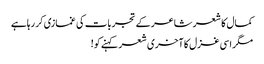
کمال کا شعر شاعر کے تجربات کی غمازی کر رہاہے
مگر اسی غزل کا آخری شعر کہنے کو!